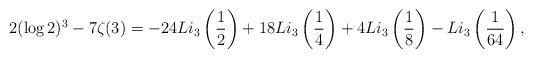
LaTeX: \begin{align*} 2 (\log 2)^3 - 7 \zeta(3) = -24 Li_3\left(\frac{1}{2}\right) + 18 Li_3\left(\frac{1}{4}\right) + 4 Li_3\left(\frac{1}{8}\right) - Li_3\left(\frac{1}{64}\right), \end{align*}